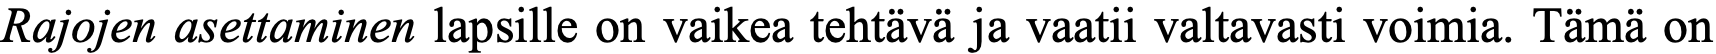
Rajojen asettaminen lapsille on vaikea tehtävä ja vaatii valtavasti voimia. Tämä on